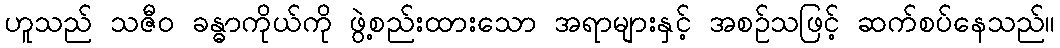
ဟူသည် သဇီဝ ခန္ဓာကိုယ်ကို ဖွဲ့စည်းထားသော အရာများနှင့် အစဉ်သဖြင့် ဆက်စပ်နေသည်။